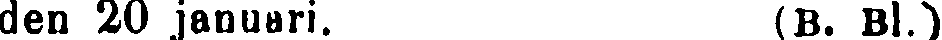
den 20 januari. (B. Bl.)